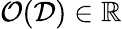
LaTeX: \mathcal{O}(\mathcal{D})\in\mathbb{R}